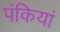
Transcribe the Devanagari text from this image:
पंकियां